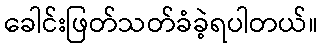
ခေါင်းဖြတ်သတ်ခံခဲ့ရပါတယ်။